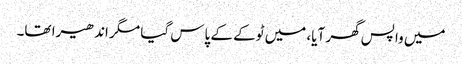
میں واپس گھر آیا، میں ٹوکے کے پاس گیا مگر اندھیرا تھا۔